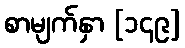
စာမျက်နှာ [၁၄၉]